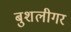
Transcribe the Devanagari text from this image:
बुशलीगर